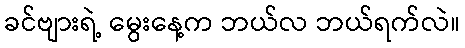
ခင်ဗျားရဲ့ မွေးနေ့က ဘယ်လ ဘယ်ရက်လဲ။